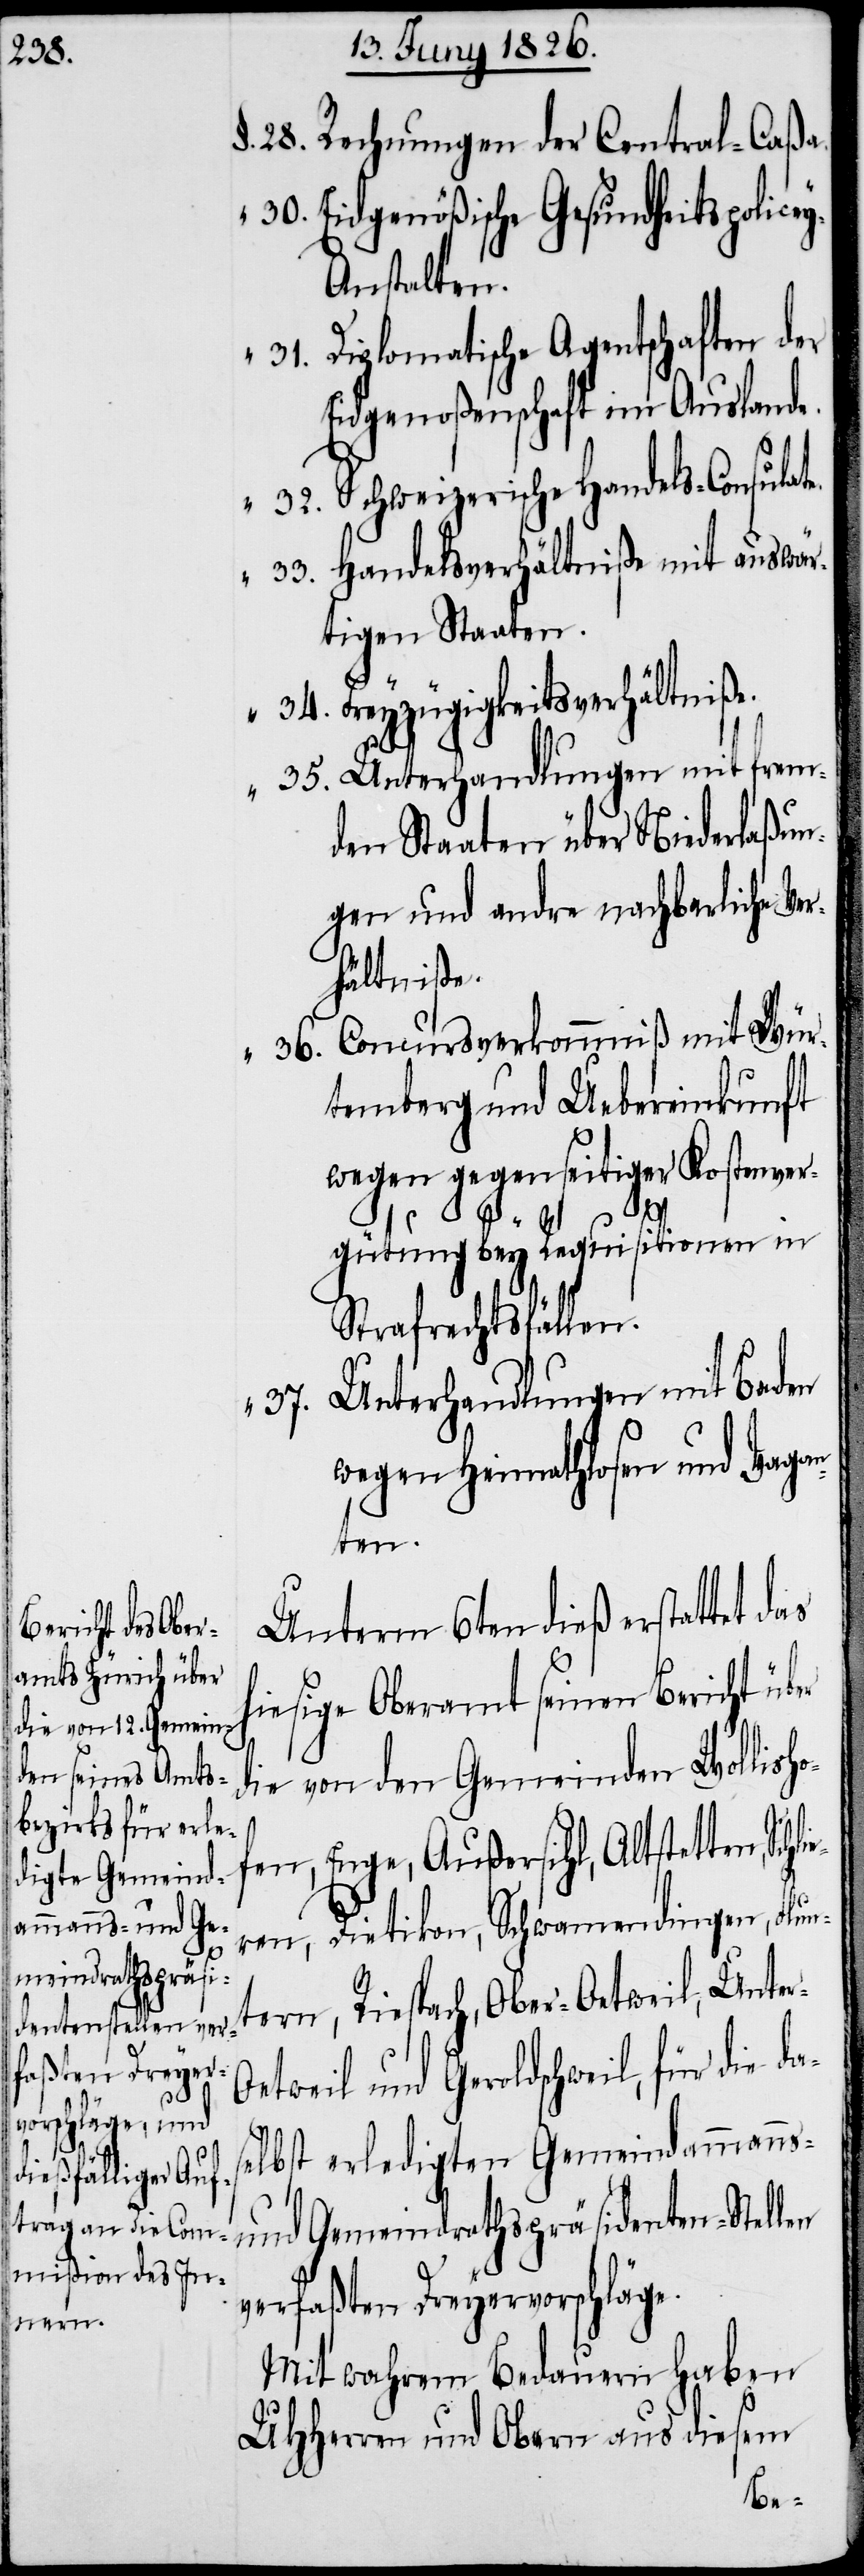
§.	28. Rechnungen der Central-Caßa.
“	30. Eidgenößische Gesundheitspolice¬
nstalten.
“	31. Diplomatische Agentschaften der
Eidgenoßenschaft im Auslande.
“	32. Schweizerische Handels-Consulate.
Handelsverhältniße mit auswär¬
tigen Staaten.
Freyzügigkeitsverhältniße.
“	35. Unterhandlungen mit frem¬
den Staaten über Niederlaßun¬
gen und andre nachbarliche Ve¬
rhältniße.
“	36. Concursverkommniß mit Wür¬
temberg und Uebereinkunft
wegen gegenseitiger Kostenver¬
r-O¬
gütung bey Requisitionen in
Strafrechtsfällen.
Unterhandlungen mit Baden
wegen Heimathlosen und Vagan¬
ten.
Unterm 6ten dieß erstattet das
hiesige Oberamt seinen Bericht über
die von den Gemeinden Wollish¬
ofen, Enge, Außersihl, Altstetten, Sch¬
ren, Dietikon, Schwamendingen, Flun¬
tern, Riespach, Ober-Oetweil, Unte¬
etweil und Geroldschweil, für die das¬
elbst erledigten Gemeindammanns-
und Gemeindrathspräsidenten-Stellen
verfaßten Dreyervorschläge.
Mit wahrem Bedauern haben
UHHerren und Obern aus diesem
lie¬